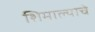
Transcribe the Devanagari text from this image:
शिमाल्याचे